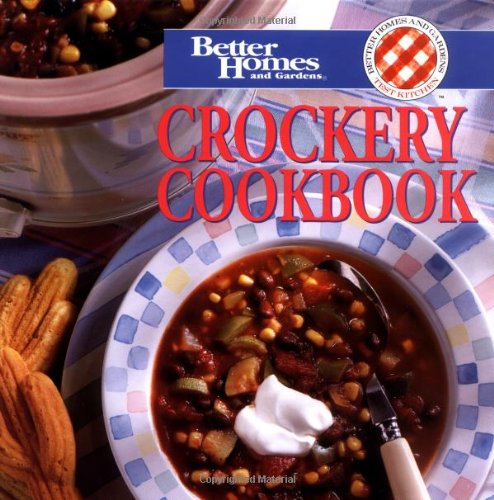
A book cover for Crockery Cookbook (Better Homes & Gardens); Better Homes and Gardens Books; Cookbooks, Food & Wine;